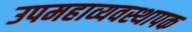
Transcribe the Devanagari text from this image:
उपमहाव्यवस्थापक